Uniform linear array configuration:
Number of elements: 48
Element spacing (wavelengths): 0.5
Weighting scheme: exponential
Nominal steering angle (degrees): -60
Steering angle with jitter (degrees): -61.36
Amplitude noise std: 0.05
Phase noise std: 0.05

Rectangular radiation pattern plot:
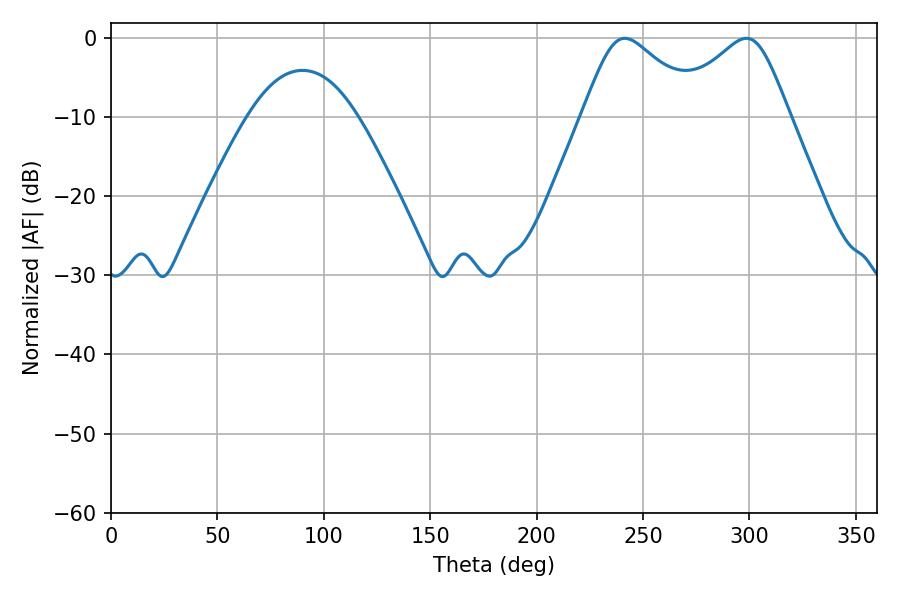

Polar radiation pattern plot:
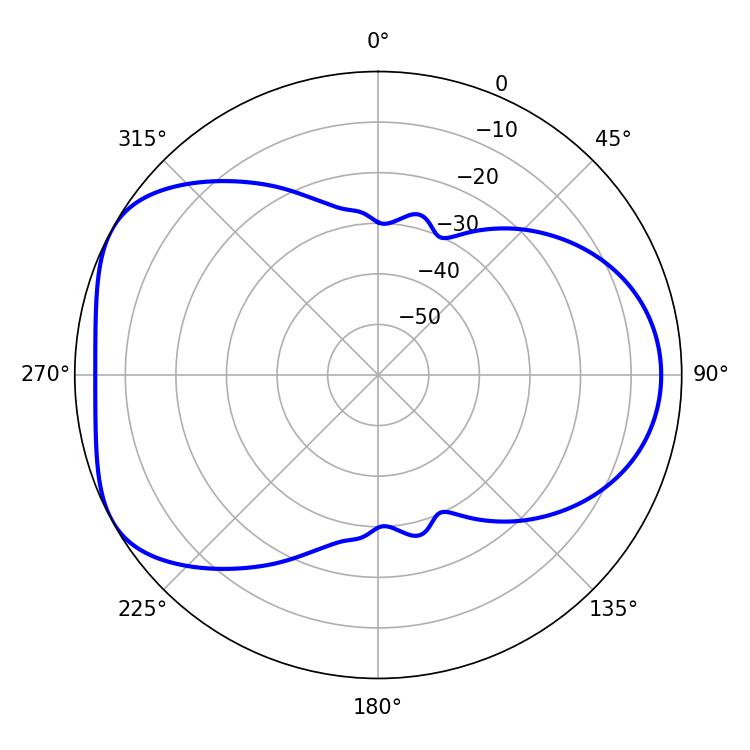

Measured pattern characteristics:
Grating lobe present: FALSE
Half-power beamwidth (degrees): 27.54
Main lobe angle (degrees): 241.38